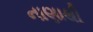
નાણાથી